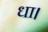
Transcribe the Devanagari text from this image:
धा।